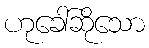
ဟုခေါ်ဆိုသော